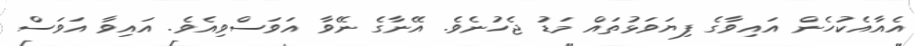
އެއާއެކުހެން އައިވާގެ ފިޔަވަޅުތައް މަޑު ޖެހުނެވެ. އޭނާގެ ނޭވާ އަވަސްވިއެވެ. އައިވާ އަވަސް